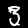
Digit: 3